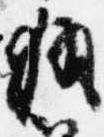
執